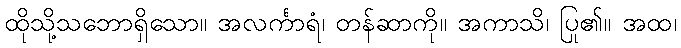
ထိုသို့သဘောရှိသော။ အလင်္ကာရံ၊ တန်ဆာကို။ အကာသိ၊ ပြု၏။ အထ၊